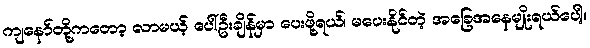
ကျနော်တို့ကတော့ လာမယ့် ပေါ်ဦးချိန်မှာ ပေးဖို့ရယ်၊ မပေးနိုင်တဲ့ အခြေအနေမျိုးရယ်ပေါ့။